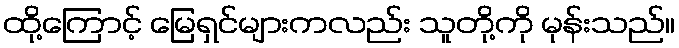
ထို့ကြောင့် မြေရှင်များကလည်း သူတို့ကို မုန်းသည်။